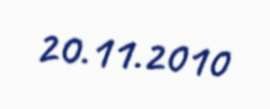
20.11.2010